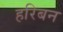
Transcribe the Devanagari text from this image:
हरिबन